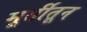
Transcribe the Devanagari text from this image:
मूर्तीतून